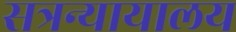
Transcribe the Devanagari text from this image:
सत्रन्यायालय